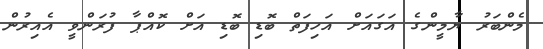
މެންބަރު ޔާމީންގެ އަގައަށް އަހިފަތް ބޮޑި ބޮޑި އަށް ކޮއްޕާ ފުރަންވީ އެއިރުން